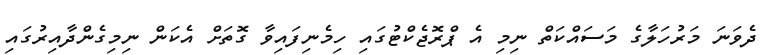
ދެވަނަ މަރުހަލާގެ މަސައްކަތް ނިމި އެ ޕްރޮޖެކްޓުގައި ހިމެނިފައިވާ ގޮތަށް އެކަން ނިމިގެންދާއިރުގައި